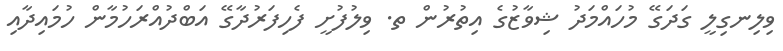
ވިލިނގިލީ ގަދަގޭ މުހައްމަދު ޝިވާޒުގެ އިތުރުން ތ. ވިލުފުށީ ފެހިފަރުދާގޭ އަބްދުއްރަހުމާން ހުމައިދާއި